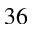
3 6